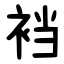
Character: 裆